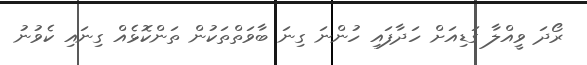
ރޯދަ ވީއްލާ ގަޑިއަށް ހަދާފައި ހުންނަ ގިނަ ބާވަތްތަކުން ތަންކޮޅެއް ގިނައި ކެވުނު